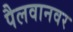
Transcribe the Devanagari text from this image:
पैलवानवर